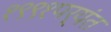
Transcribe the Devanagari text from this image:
१९९१पर्यंत